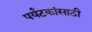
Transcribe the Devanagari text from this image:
पर्यंटकांसाठी